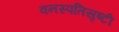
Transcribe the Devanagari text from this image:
वनस्पतिसृष्टी